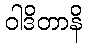
ဝါဒိတာနိ